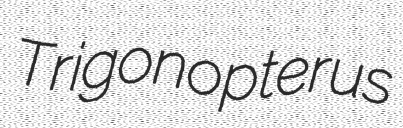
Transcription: Trigonopterus